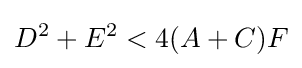
D^{2}+E^{2}<4(A+C)F